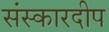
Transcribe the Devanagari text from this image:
संस्कारदीप